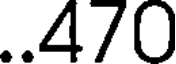
..470